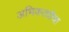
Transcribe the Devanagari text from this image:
अभिकर्त्यांचा